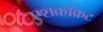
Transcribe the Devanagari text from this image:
एशक्रॉक्रट